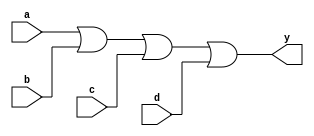
module or_gate (
    input a,
    input b,
    input c,
    input d,
    output y
);

assign y = a | b | c | d;

endmodule